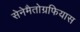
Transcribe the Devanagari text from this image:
सेनेमैतोग्रफियास